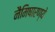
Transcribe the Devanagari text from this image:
नैमिषारण्ये